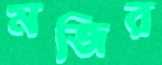
মজির